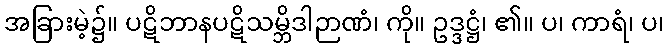
အခြားမဲ့၌။ ပဋိဘာနပဋိသမ္ဘိဒါဉာဏံ၊ ကို။ ဥဒ္ဒဋ္ဌံ၊ ၏။ ပ၊ ကာရံ၊ ပ၊